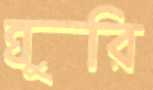
ঘুরি